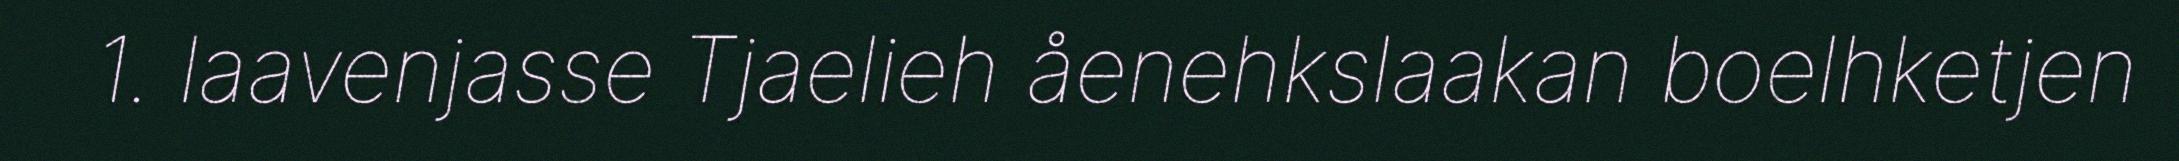
1. laavenjasse Tjaelieh åenehkslaakan boelhketjen